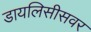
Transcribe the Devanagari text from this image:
डायलिसीसवर